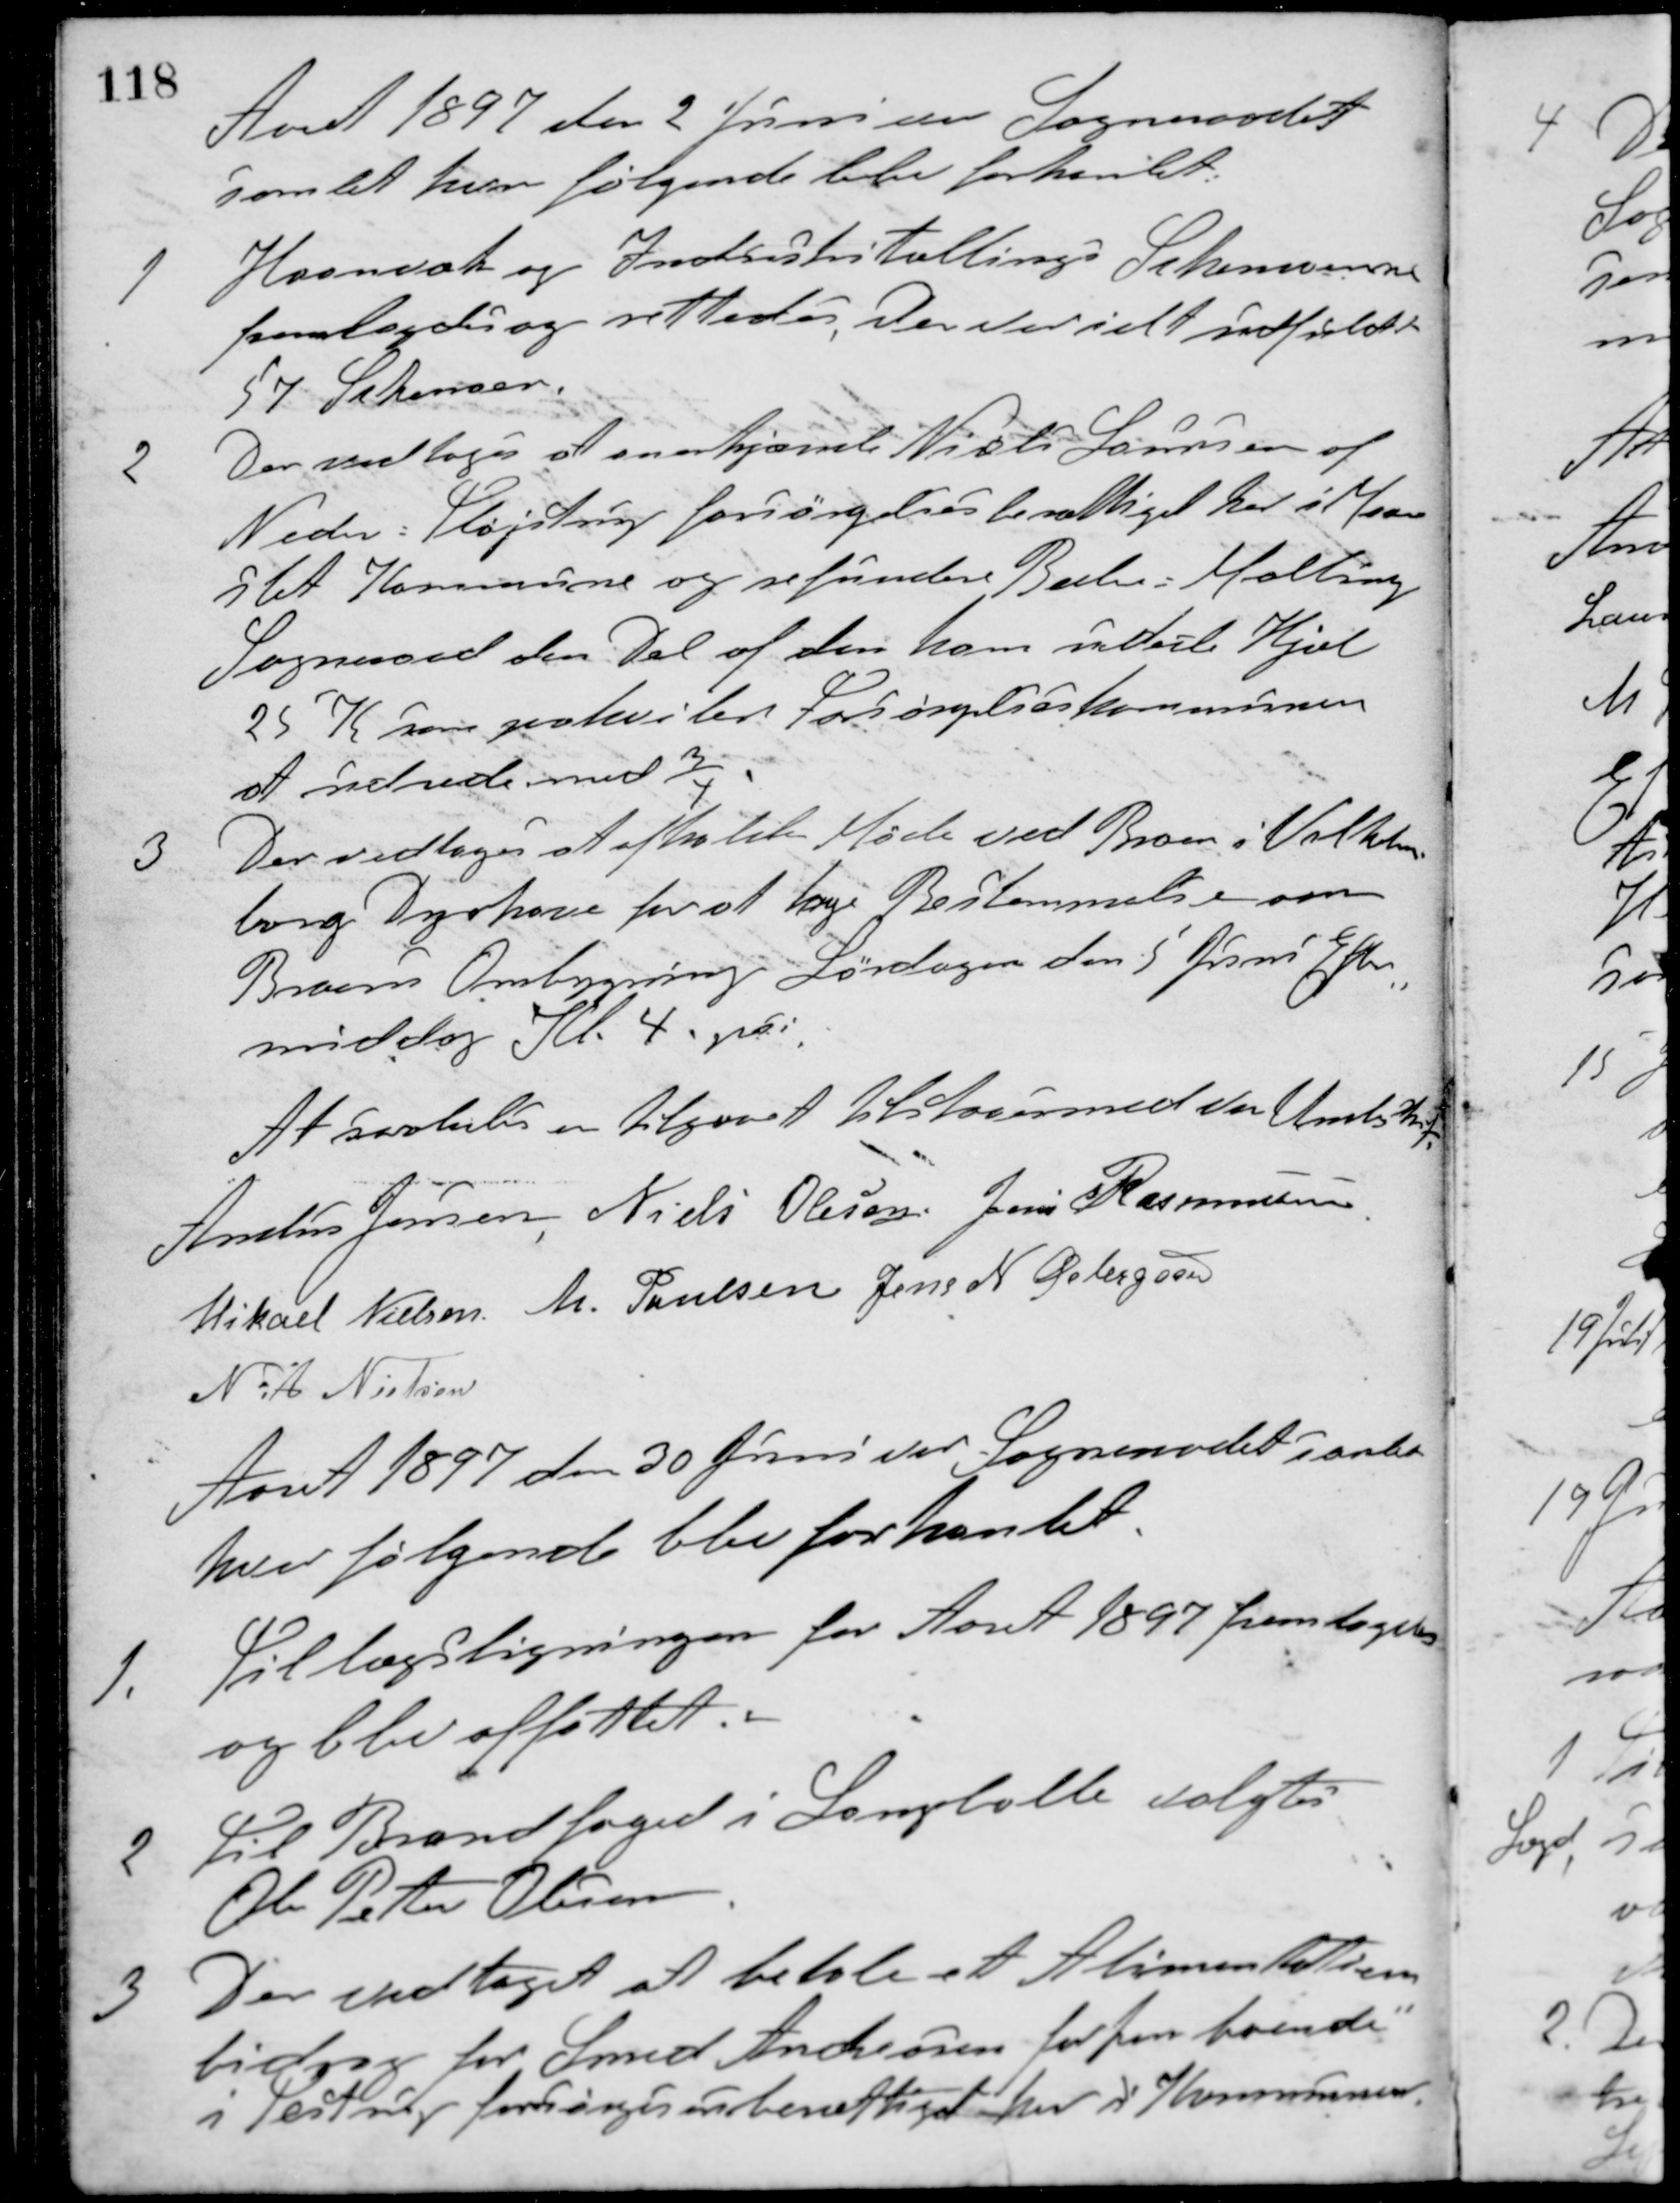
Transskription:
Aaret 1897 den 2 Juni var Sogneraadet
samlet hvor følgende blev forhandlet.
1 Haanvæk og Industritællings Skemaerne
fremlagdes og rettedes. Der var ialt udfyldt
57 Skemaer.
2 Der vedtoges at anerkjænde Niels Laursen af
Neder-Fløjstrup forsørgelsesberettiget her i Maar-
slet Kommune og refundere Beder-Malling
Sogneraad den Del af den ham udele Hjæl
25 K som paahviler Forsørgelseskommunen
at udrede med 3/4.
3 Der vedtoges at afholde Møde ved Broen i Vilhelms-
borg Dyrhave for at tage Bestemmelse om
Broens Ombygning Lørdagen den 5 Juni Efter-
middag Kl. 4. pr.
At saaledes er tilgaaet tilstaaes med vor Underskrift
Anders Jensen Niels Olesen Jens Rasmussen
Mikael Nielsen M. Poulsen Jens N. Østergaard
N. A. Nielsen
Aaret 1897 den 30 Juni var Sogneraadet samlet
hvor følgende blev forhandlet.
1. Tillægsligningen for Aaret 1897 fremlagdes
og blev affattet.
2 Til Brandfoged i Langballe valgtes
Ole Peter Olesen.
3 Der vedtaget at betale et Alimentations-
bidrag for Smed Andreasen førhen boende
i Testrup forsørgelsesberettiget her i Kommunen.